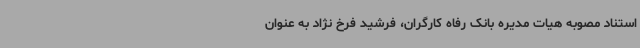
استناد مصوبه هیات مدیره بانک رفاه کارگران، فرشید فرخ نژاد به عنوان